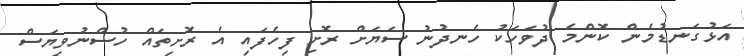
އަޅުގަނޑުމެން ކޮންމެ ދުވަހަކު ހެނދުނު ސަޔަށް ރޮށި ފިހެފައި އެ ރޮށިތައް ހުސްނުވިޔަސް